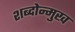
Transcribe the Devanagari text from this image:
शब्दोन्मुख